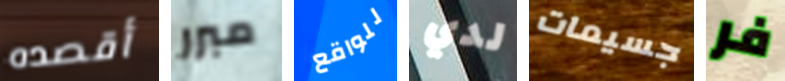
أقصده مبرر للواقع لدي جسيمات فر